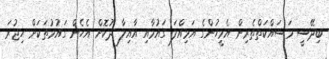
ބިދޭސީ މަސައްކަތްތެރިން އެމީހުންގެ އަމިއްލަ ގައުމާއި އާއިލާ ދުކޮށް އެހެން ގައުމުތަކަށް ހިޖުރަ